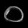
Digit: ၀